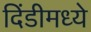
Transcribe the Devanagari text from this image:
दिंडीमध्ये